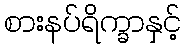
စားနပ်ရိက္ခာနှင့်